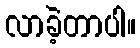
လာခဲ့တာပါ။